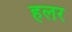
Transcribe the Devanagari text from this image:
हलर